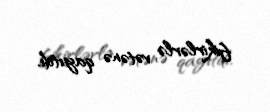
fikirlərlə vətənə qayıtdı.